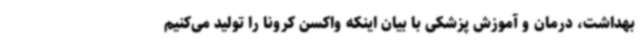
بهداشت، درمان و آموزش پزشکی با بیان اینکه واکسن کرونا را تولید می‌کنیم